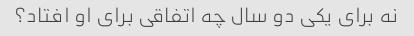
نه برای یکی دو سال چه اتفاقی برای او افتاد؟